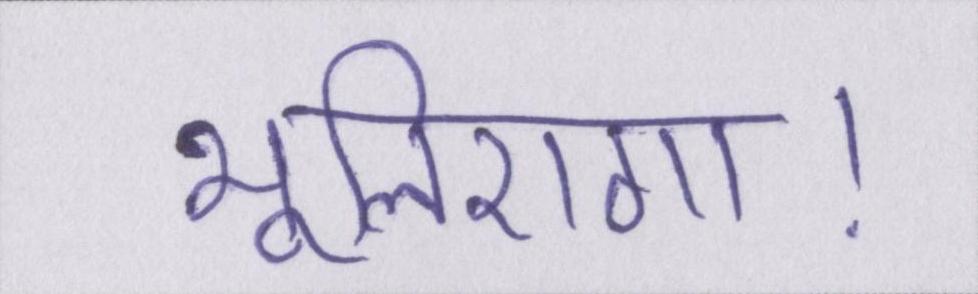
भूलिएगा।